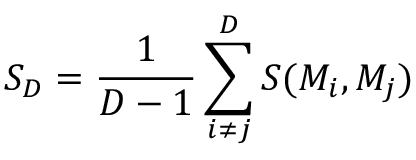
S _ { D } = \frac { 1 } { D - 1 } \sum _ { i \neq j } ^ { D } S ( M _ { i } , M _ { j } )